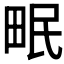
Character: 𤱕